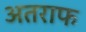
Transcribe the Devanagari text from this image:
अतराफ